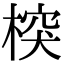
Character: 𣔻